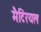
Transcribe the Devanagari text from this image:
मैटिरयल